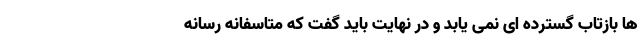
ها بازتاب گسترده ای نمی یابد و در نهایت باید گفت که متاسفانه رسانه